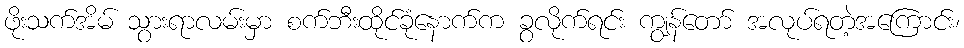
ဖိုးသက်အိမ် သွားရာလမ်းမှာ စက်ဘီးထိုင်ခုံနောက်က ခွလိုက်ရင်း ကျွန်တော် အလုပ်ရတဲ့အကြောင်း၊